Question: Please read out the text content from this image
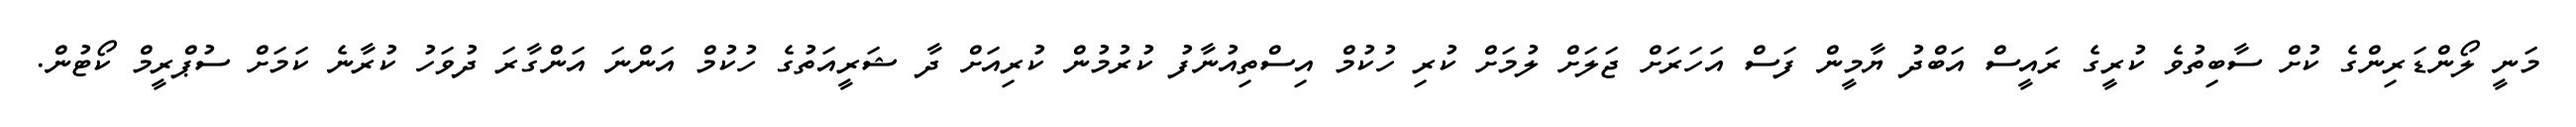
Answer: މަނީ ލޯންޑަރިންގެ ކުށް ސާބިތުވެ ކުރީގެ ރައީސް އަބްދު ޔާމީން ފަސް އަހަރަށް ޖަލަށް ލުމަށް ކުރި ހުކުމް އިސްތިއުނާފު ކުރުމުން ކުރިއަށް ދާ ޝަރީއަތުގެ ހުކުމް އަންނަ އަންގާރަ ދުވަހު ކުރާނެ ކަމަށް ސުޕްރީމް ކޯޓުން.